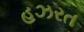
હઝરત